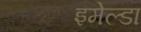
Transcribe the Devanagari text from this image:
इमेल्डा